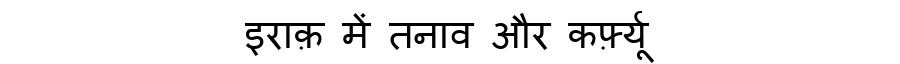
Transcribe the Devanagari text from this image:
इराक़ में तनाव और कर्फ़्यू